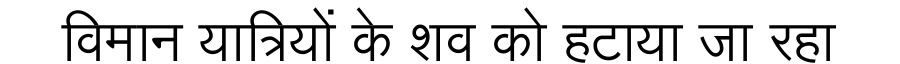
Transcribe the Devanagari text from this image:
विमान यात्रियों के शव को हटाया जा रहा